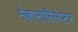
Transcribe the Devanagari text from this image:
मेकानोरिसेप्टर